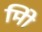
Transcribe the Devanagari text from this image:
मिो